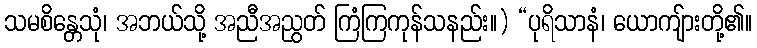
သမစိန္တေသုံ၊ အဘယ်သို့ အညီအညွတ် ကြံကြကုန်သနည်း။) “ပုရိသာနံ၊ ယောကျ်ားတို့၏။